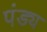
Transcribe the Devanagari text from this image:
पंड्य